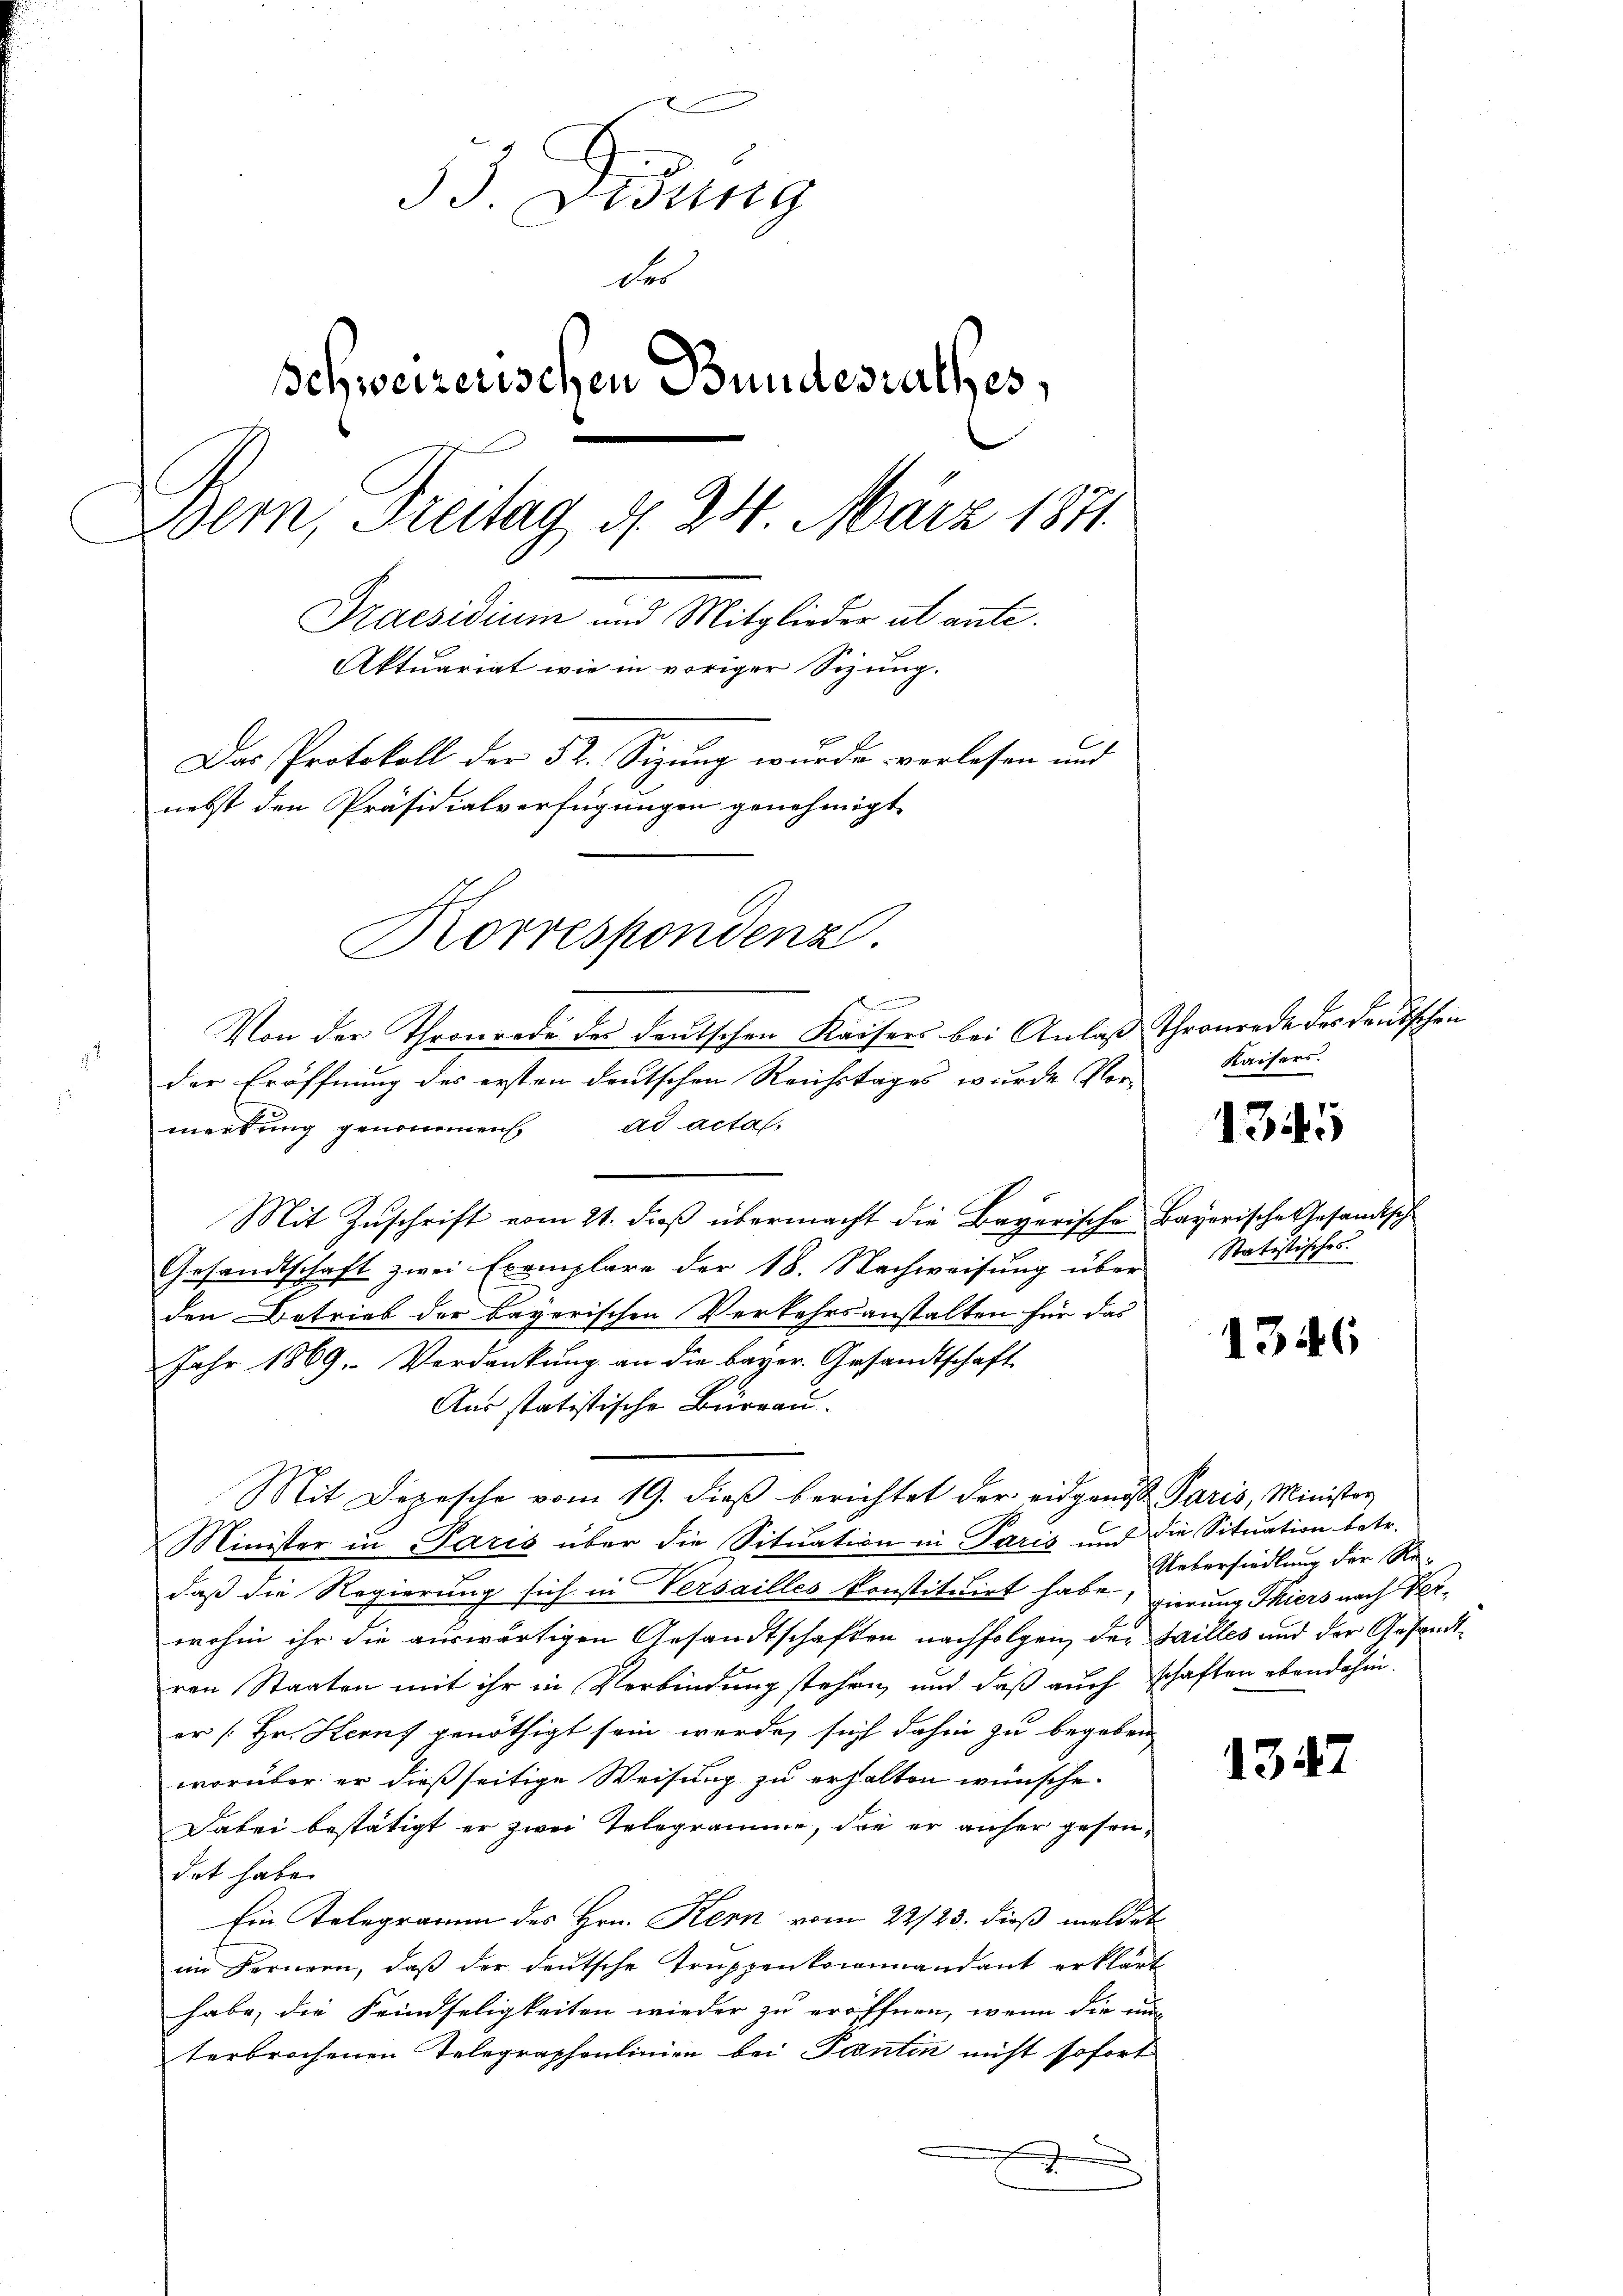
33. Fidung
der
Schweizerischen Bundesrathes,
Bern, Freitag, d. 24 März 1841.
Praesidium und Mitglieder ab ante
Aktuariat wie in voriger Sizung.
Das Protokoll der 32. Sizung wurde verlesen und
nebst den Präsidialverfügungen genehmigt
Korrespondenz.
Von der Thronrade des deutschen Kaisers bei Anlaß Thronrede des deutschen
2
der Eröffnung des ersten deutschen Reichstages wurde Vor-

merkung genommen. ad acta.
Mit Zuschrift vom 21. dieß übermacht die Bayerische Bayerische Gesandtsch
Gesandtschaft zwei Exemplare der 18. Nachweisung über Statistisches
den Betrieb der bayerischen Verkehrsanstalten für das
Jahr 1869. Verdankung an die bayer. Gesandtschaft
Aus statistische Burgau.
Mit Depesche vom 19. dieß berichtet der eidgenos Paris, Minister
Minister in Paris über die Situation in Paris und die Situation betr.
daß die Regierung sich in Versailles konstituirt habe, gierung Thiers nach Perwohin ihr die auswärtigen Gesandtschaften nachfolgen, der Failles und der Gesandtren Staaten mit ihr in Verbindung stehen, und daß auch schaften ebendahin.
er [Hr. Kern genöthigt sein werde, sich dahin zu begeben
worüber er dießseitige Weisung zu erhalten wünsche.
Dabei bestätigt er zwei Telegramme, die er anher gesendet habe.
Ein Telegramm des Hrn. Kern vom 22/23. dieß meldet
im Fernern, daß der deutsche Truppenkommandant erklärt
habe, die Feindseligkeiten wieder zu eröffnen, wenn die nun
terbrochenen Telegraphenlinien bei Pontin nicht sofort

Kaisers.

1345

1346

Uebersiedlung der Re¬

1347